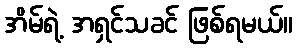
အိမ်ရဲ့ အရှင်သခင် ဖြစ်ရမယ်။